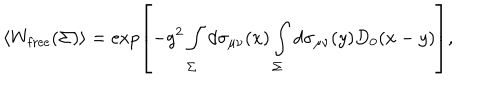
\left< W _ { \mathrm { f r e e } } ( \Sigma ) \right> = \exp \left[ - g ^ { 2 } \int _ { \Sigma } ^ { } d \sigma _ { \mu \nu } ( x ) \int _ { \Sigma } ^ { } d \sigma _ { \mu \nu } ( y ) D _ { 0 } ( x - y ) \right] ,